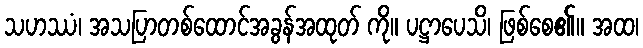
သဟဿံ၊ အသပြာတစ်ထောင်အခွန်အထုတ် ကို။ ပဋ္ဌာပေသိ၊ ဖြစ်စေ၏။ အထ၊